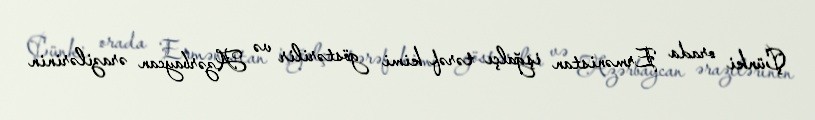
Çünki orada Ermənistan işğalçı tərəf kimi göstərilir və Azərbaycan ərazilərinin